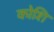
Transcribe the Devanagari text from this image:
कोशि